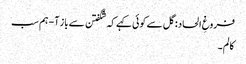
فروغِ الحاد: گل سے کوئی کہے کہ شگفتن سے باز آ - ہم سب
کالم۔